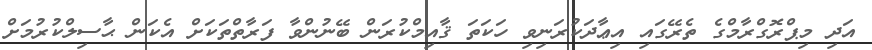
އަދި މިޕްރޮގްރާމްގެ ތެރޭގައި އިޢާދަކުރަނިވި ހަކަތަ ޤާއިމްކުރަން ބޭނުންވާ ފަރާތްތަކަށް އެކަން ޙާސިލްކުރުމަށް